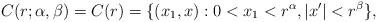
LaTeX: \begin{align*}C(r;\alpha, \beta)=C(r)=\{(x_1,x):0<x_1<r^\alpha,|x'|<r^\beta\},\end{align*}